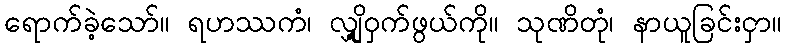
ရောက်ခဲ့သော်။ ရဟဿကံ၊ လျှို့ဝှက်ဖွယ်ကို။ သုဏိတုံ၊ နာယူခြင်းငှာ။